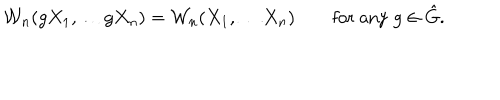
{ \cal W } _ { n } ( g X _ { 1 } , \ldots g X _ { n } ) = { \cal W } _ { n } ( X _ { 1 } , \ldots X _ { n } ) \qquad \mathrm { f o r ~ a n y ~ } g \in { \hat { G } } .